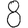
Digit: 8